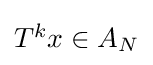
{\textstyle T^{k}x\in A_{N}}